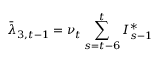
\bar { \lambda } _ { 3 , t - 1 } = \nu _ { t } \sum _ { s = t - 6 } ^ { t } I _ { s - 1 } ^ { * }